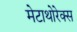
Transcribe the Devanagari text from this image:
मेटाथोरेक्स